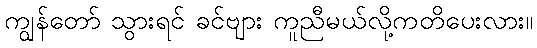
ကျွန်တော် သွားရင် ခင်ဗျား ကူညီမယ်လို့ကတိပေးလား။